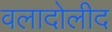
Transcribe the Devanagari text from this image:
वलादोलीद